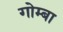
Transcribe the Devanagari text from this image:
गोम्बा